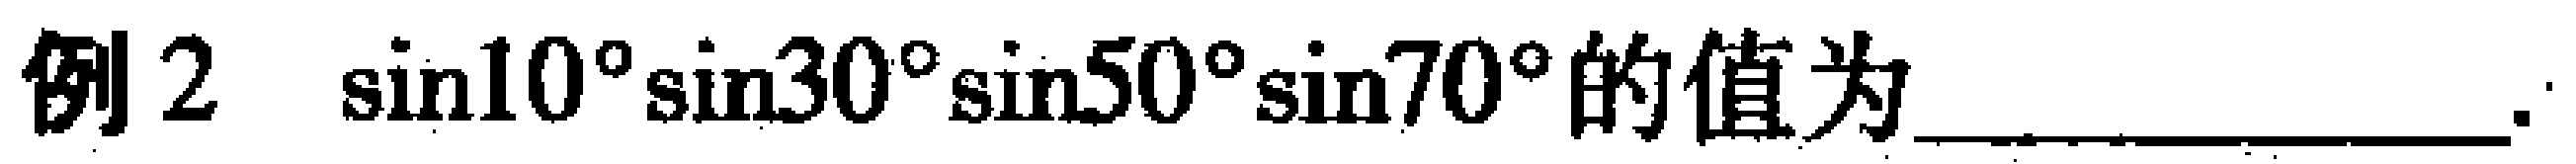
例2 $\sin10^{\circ}\sin30^{\circ}\sin50^{\circ}\sin70^{\circ}$的值为________________.